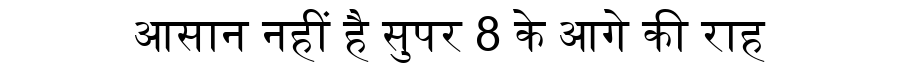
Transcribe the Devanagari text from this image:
आसान नहीं है सुपर 8 के आगे की राह